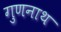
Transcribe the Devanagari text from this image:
गुणनाथ